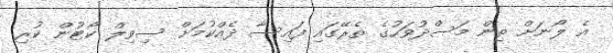
އެ ލޯނަށް ތިން މަސްދުވަހުގެ ތެރޭގައި ފައިސާ ދެއްކުމަށް ސިވިލް ކޯޓުން ކުރި